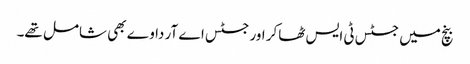
بنچ میں جسٹس ٹی ایس ٹھاکر اور جسٹس اے آر داوے بھی شامل تھے۔